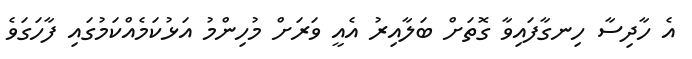
އެ ހާދިސާ ހިނގާފައިވާ ގޮތަށް ބަލާއިރު އެއީ ވަރަށް މުހިންމު އަޅުކަމެއްކަމުގައި ފާހަގަވެ